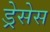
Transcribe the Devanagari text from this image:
ड्रेसेस